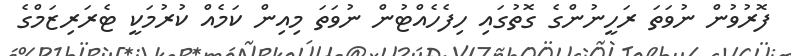
ފޮރުވުން ނުވަތަ ރަހީނުންގެ ގޮތުގައި ހިފެހެއްޓުން ނުވަތަ މިއިން ކަމެއް ކުރުމަކީ ޓެރަރިޒަމްގެ